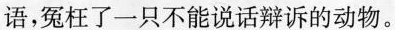
语，冤枉了一只不能说话辩诉的动物。